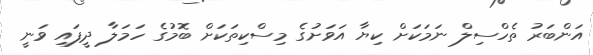
އަންބަރު ތެހްސިލް ނަމަކަށް ކިޔާ އަވަށުގެ މިސްކިތަކަށް ބޮމުގެ ހަމަލާ ދީފައި ވަނީ